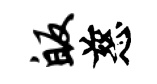
皈慈